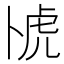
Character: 𫧰